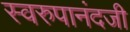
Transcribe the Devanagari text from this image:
स्वरुपानंदजी